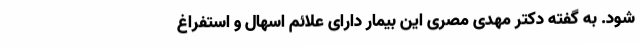
شود. به گفته دکتر مهدی مصری این بیمار دارای علائم اسهال و استفراغ